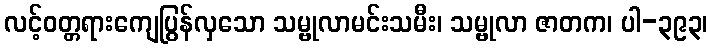
လင့်ဝတ္တရားကျေပြွန်လှသော သမ္ဗုလာမင်းသမီး၊ သမ္ဗုလာ ဇာတက၊ ပါ-၃၉၃၊